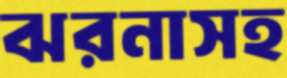
ঝরনাসহ